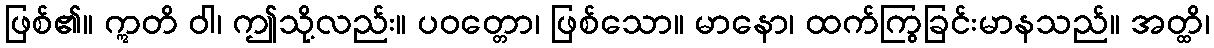
ဖြစ်၏။ ဣတိ ဝါ၊ ဤသို့လည်း။ ပဝတ္တော၊ ဖြစ်သော။ မာနော၊ ထက်ကြွခြင်းမာနသည်။ အတ္ထိ၊